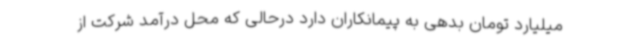
میلیارد تومان بدهی به پیمانکاران دارد درحالی که محل درآمد شرکت از